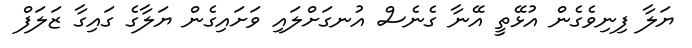
ޔަލާ ފިނިވެގެން އުޅޭތީ އޭނާ ގެނެސް އުނގަށްލައި ވަށައިގެން ޔަލާގެ ގައިގާ ޒަލަފް